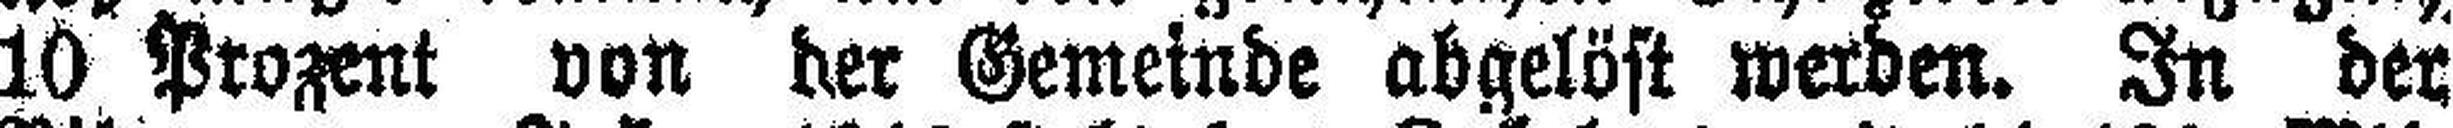
10 Prozent von der Gemeinde abgelöst werden. In der